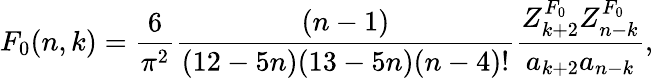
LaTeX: F_{0}(n,k)={\frac{6}{\pi^{2}}}{\frac{(n-1)}{(12-5n)(13-5n)(n-4)!}}{\frac{Z_{k+2}^{F_{0}}Z_{n-k}^{F_{0}}}{a_{k+2}a_{n-k}}},